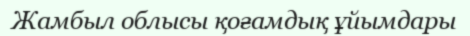
Жамбыл облысы қоғамдық ұйымдары